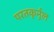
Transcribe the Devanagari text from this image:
परतकुर्नुल